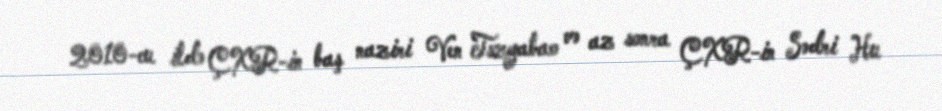
2010-cu ildə ÇXR-in baş naziri Ven Tszyabao və az sonra ÇXR-in Sədri Hu